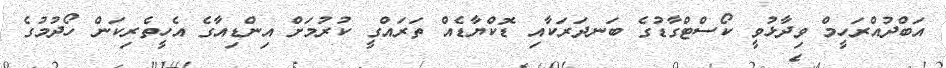
އަބްދުއްރަހީމް ވިދާޅުވީ ކޯސްޓްގާޑުގެ ބަނދަރަކާއި ޑޮކްޔާޑެއް ތަރައްގީ ކުރުމަށް އިންޑިއާގެ އެހީތެރިކަން ހޯދުމުގެ